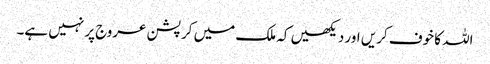
اللہ کا خوف کریں اور دیکھیں کہ ملک میں کرپشن عروج پر نہیں ہے۔